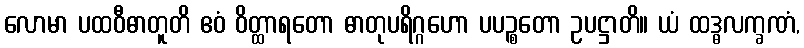
လောမာ ပထဝီဓာတူတိ ဧဝံ ဝိတ္ထာရတော ဓာတုပရိဂ္ဂဟော ပပဉ္စတော ဥပဋ္ဌာတိ။ ယံ ထဒ္ဓလက္ခဏံ,